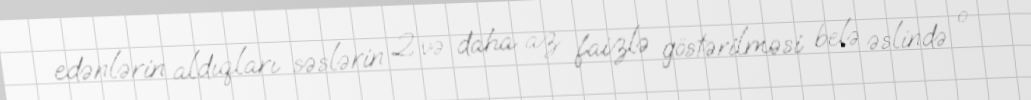
edənlərin aldıqları səslərin 2 və daha az faizlə göstərilməsi belə əslində o